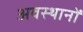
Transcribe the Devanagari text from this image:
अवस्थानों